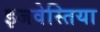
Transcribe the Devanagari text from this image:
इजवेस्तिया